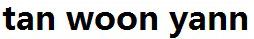
TAN WOON YANN